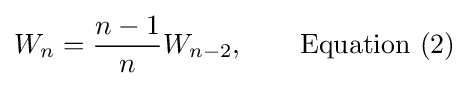
W_{n}={\frac {n-1}{n}}W_{n-2},\qquad {\text{Equation (2)}}